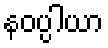
နဝပ္ပါယာ